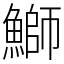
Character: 鰤